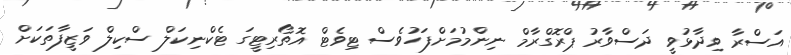
އަސްރާ ވިދާޅުވީ ދަސްވާރު ޕްރޮގްރާމް ނިންމުމަށްފަހުވެސް ޓިވެޓް އޮތޯރިޓީގަ ޓެކްނިކަލް ސްކިލް ވަޒީފާތަކަށް